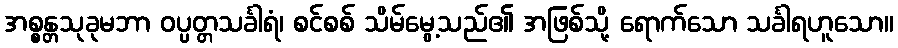
အစ္စန္တသုခုမဘာ ဝပ္ပတ္တသင်္ခါရံ၊ စင်စစ် သိမ်မွေ့သည်၏ အဖြစ်သို့ ရောက်သော သင်္ခါရဟူသော။